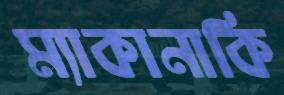
ম্যাকানাকি